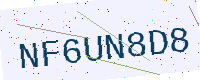
Text: NF6UN8D8